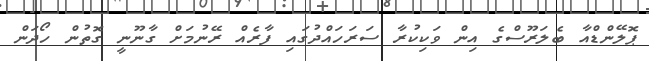
ޕޮލޭންޑްއާ ބެލަރޫސްގެ އިން ވަކިކުރާ ސަރަހައްދުގައި ފާރެއް ރޭނުމަށް ގާނޫނީ ގޮތުން ހޯދަން